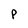
Character: P